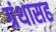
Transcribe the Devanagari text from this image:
ग्रंथासह